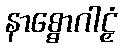
နာစ္စောဂါဠှံ